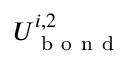
U _ { \mathrm { ~ b ~ o ~ n ~ d ~ } } ^ { i , 2 }